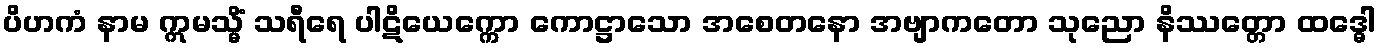
ပိဟကံ နာမ ဣမသ္မိံ သရီရေ ပါဋိယေက္ကော ကောဋ္ဌာသော အစေတနော အဗျာကတော သုညော နိဿတ္တော ထဒ္ဓေါ